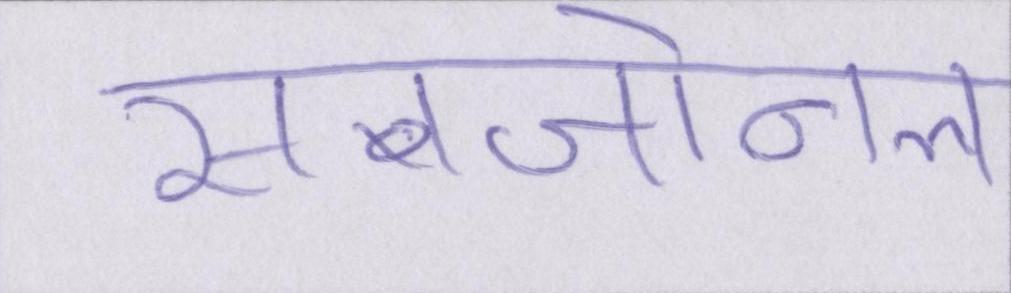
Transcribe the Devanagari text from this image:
सबजोनल